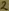
Text: 2